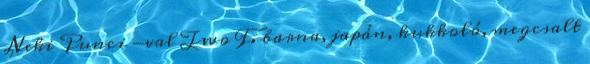
Neki Punci -val Two F. barna, japán, kukkoló, megcsalt